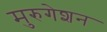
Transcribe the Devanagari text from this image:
मुरुगेशन